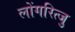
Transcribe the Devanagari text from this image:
लोंगरित्जु